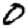
Digit: 0